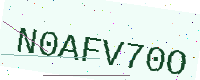
Text: N0AFV70O